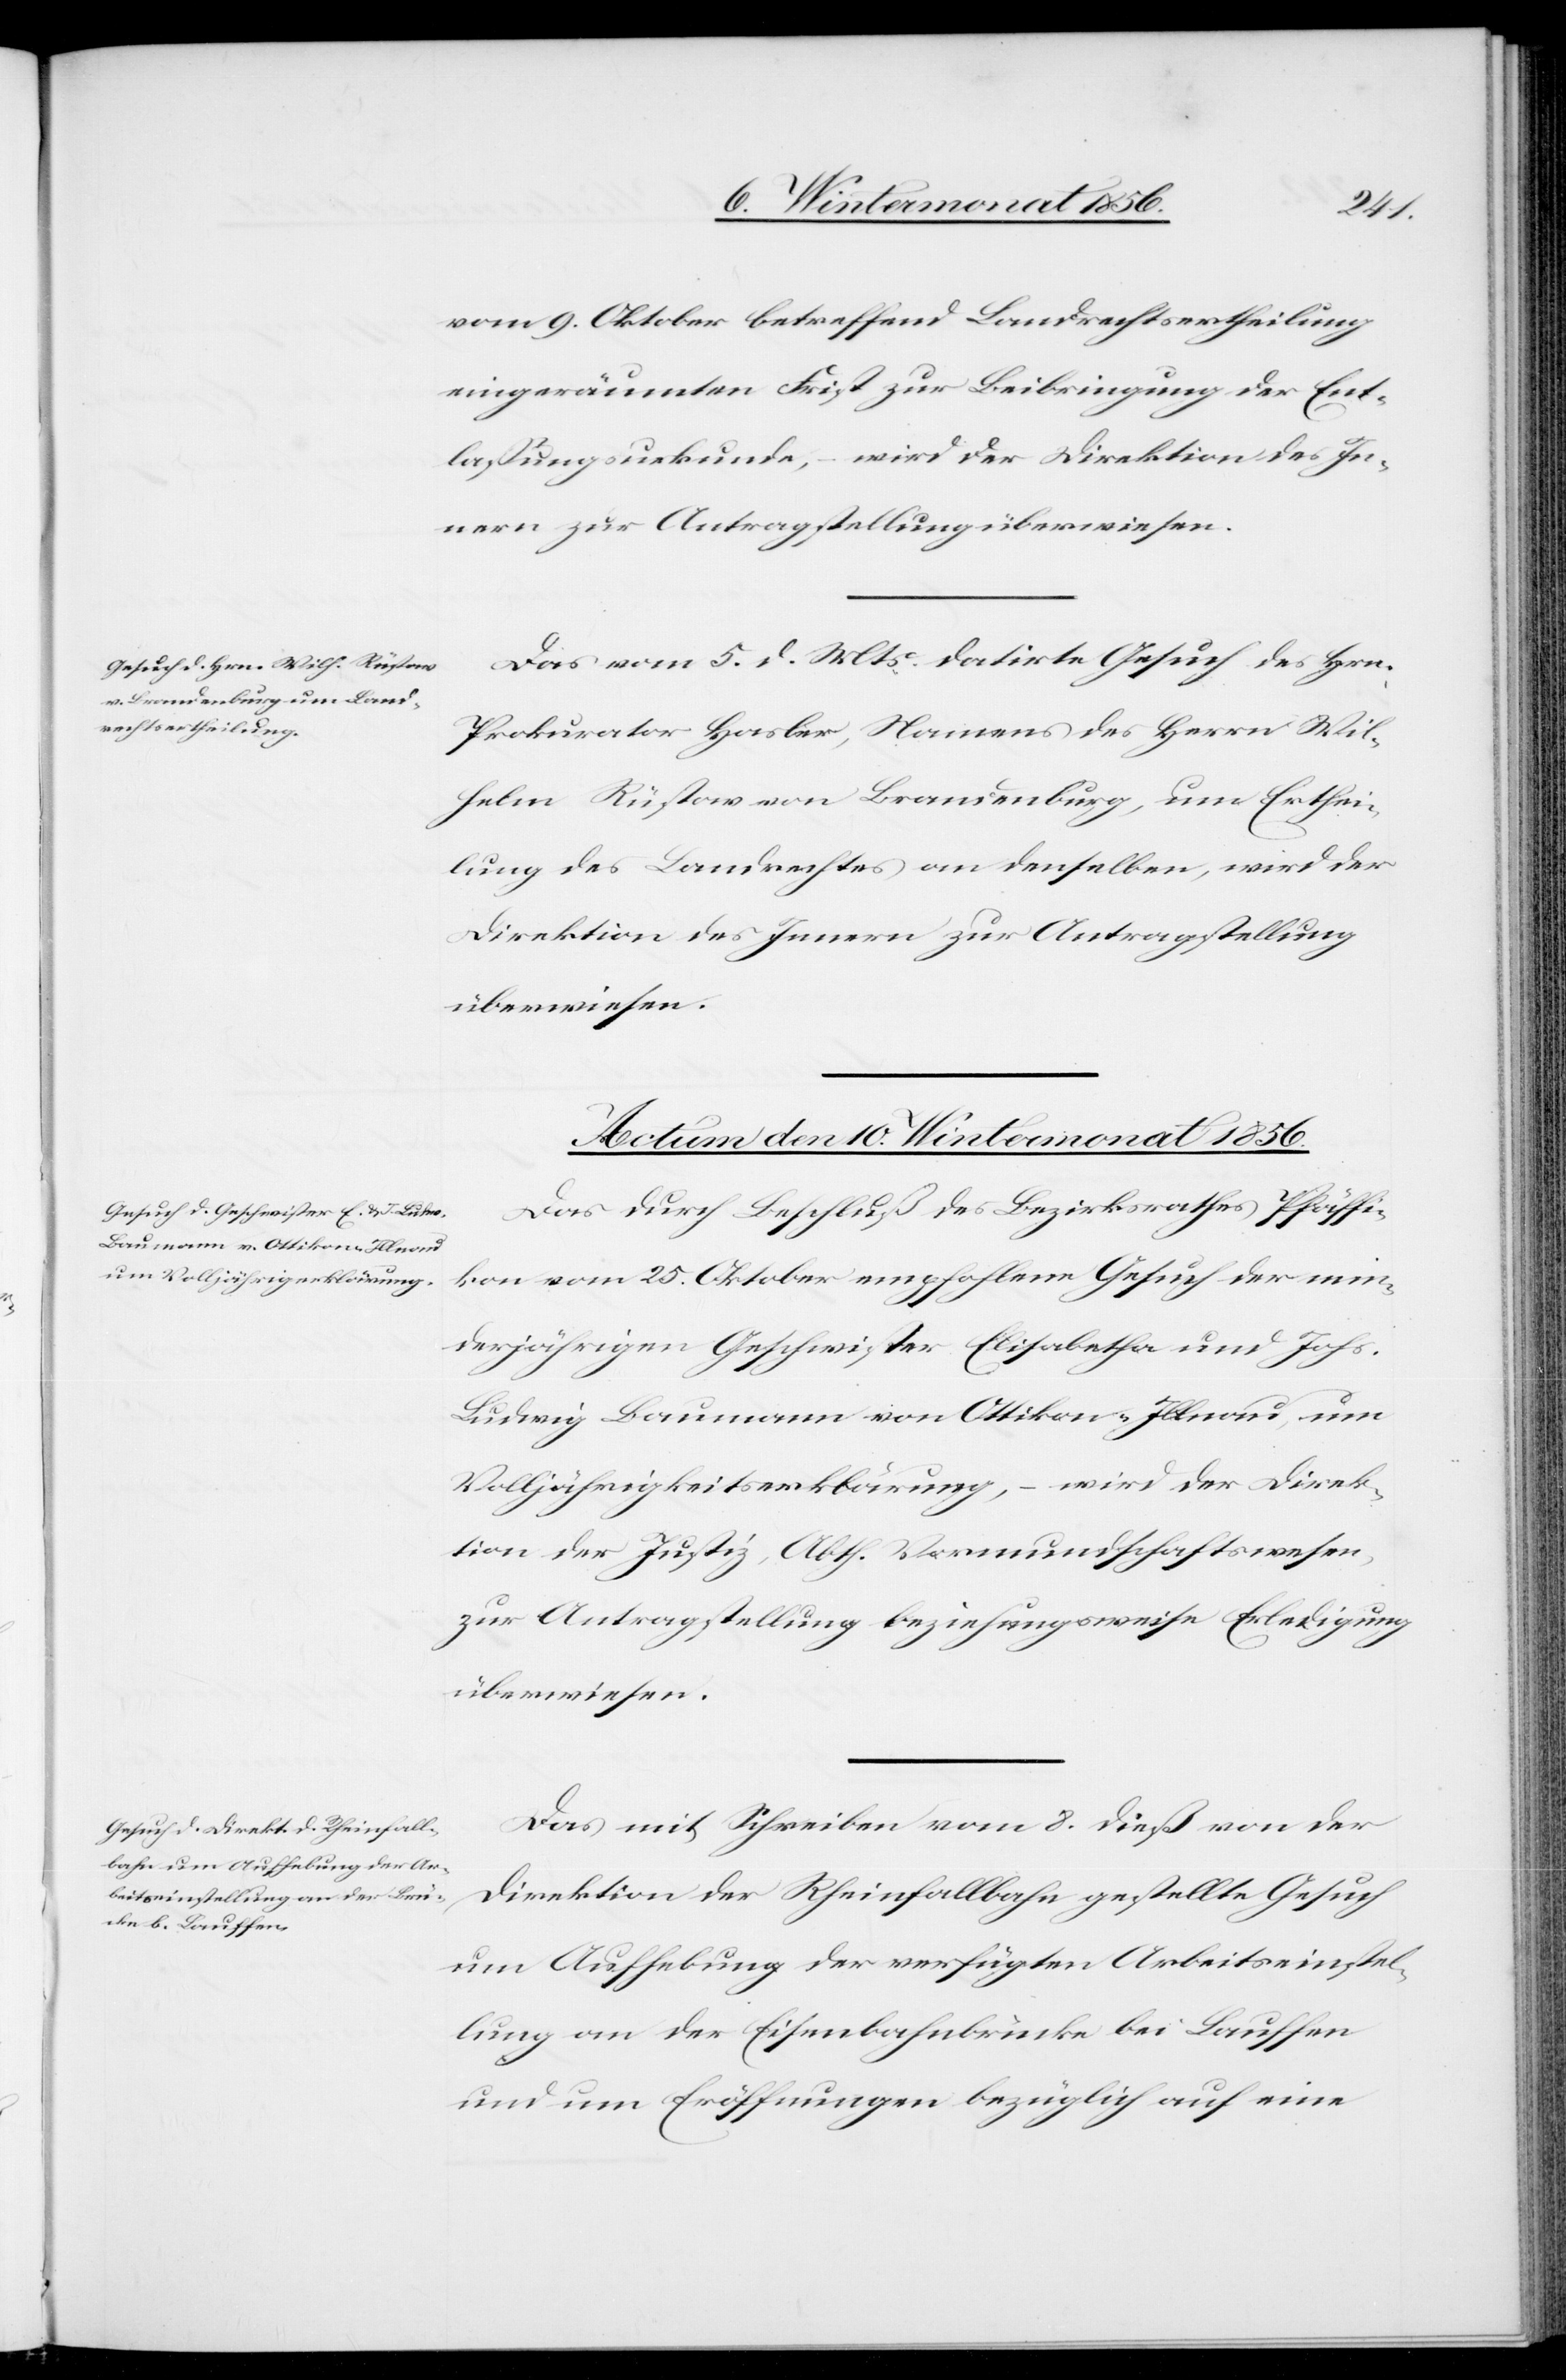
vom 9. Oktober betreffend Landrechtsertheilung
eingeräumten Frist zur Beibringung der Ent¬
lassungsurkunde, – wird der Direktion des In¬
nern zur Antragstellung überwiesen.
Das vom 5. d. Mts. datirte Gesuch des Hrn.
Prokurator Hasler, Namens des Herrn Wil¬
helm Rüstow von Brandenburg, um Erthei¬
lung des Landrechtes an denselben, wird der
Direktion des Innern zur Antragstellung
überwiesen.
Actum den 10. Wintermonat 1856.]
Das durch Beschluß des Bezirksrathes Pfäffi¬
kon vom 25. Oktober empfohlene Gesuch der min¬
derjährigen Geschwister Elisabetha und Johs.
Ludwig Baumann von Ottikon-Illnau um
Volljährigkeitserklärung, – wird der Direk¬
tion der Justiz, Abth. Vormundschaftswesen
zur Antragstellung beziehungsweise Erledigung
überwiesen.
Das mit Schreiben vom 8. dieß von der
Direktion der Rheinfallbahn gestellte Gesuch
um Aufhebung der verfügten Arbeitseinstel¬
lung an der Eisenbahnbrücke bei Lauffen
und um Eröffnungen bezüglich auf eine